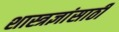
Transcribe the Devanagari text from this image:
शास्त्रज्ञांसाठी